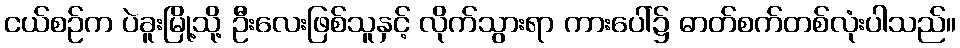
ငယ်စဉ်က ပဲခူးမြို့သို့ ဦးလေးဖြစ်သူနှင့် လိုက်သွားရာ ကားပေါ်၌ ဓာတ်စက်တစ်လုံးပါသည်။